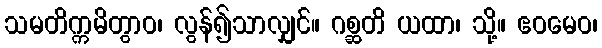
သမတိက္ကမိတွာဝ၊ လွန်၍သာလျှင်။ ဂစ္ဆတိ ယထာ၊ သို့။ ဧဝမေဝ၊